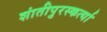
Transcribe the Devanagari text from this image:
शांतीपुरस्कर्त्या